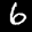
Label: 6